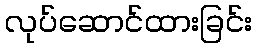
လုပ်ဆောင်ထားခြင်း